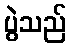
ပွဲသည်